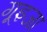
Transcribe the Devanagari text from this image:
गूइजा